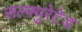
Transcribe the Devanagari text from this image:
सल्फ्युरेटेड